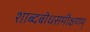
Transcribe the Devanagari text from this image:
शाब्दबोधसमीक्षणम्